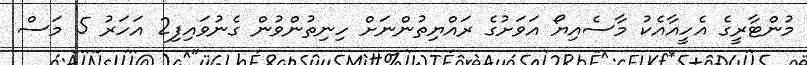
މުންޓާރީގެ އެހީއާއެކު މާސެއިޔޯ އަވަށުގެ ރައްޔިތުންނަށް ހިނިތުންވުން ގެނުވައިފި2 އަހަރު 5 މަސް